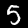
Label: 5